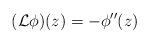
LaTeX: \begin{align*}(\mathcal{L}\phi)(z)=-\phi''(z)\end{align*}